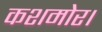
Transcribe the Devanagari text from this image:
कशमोर।